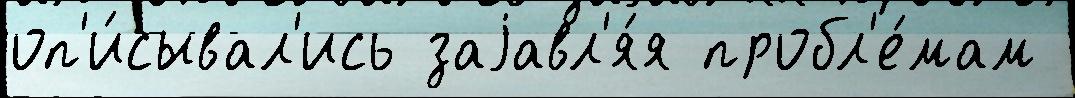
оп'и́сывал'ись заjавл'я́я пробл'е́мам